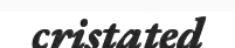
cristated